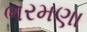
ભરમણા